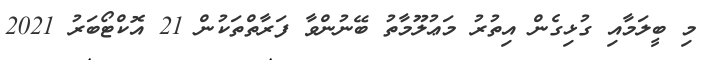
މި ބީލަމާއި ގުޅިގެން އިތުރު މަޢުލޫމާތު ބޭނުންވާ ފަރާތްތަކުން 21 އޮކްޓޯބަރު 2021